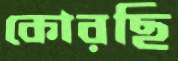
কোরছি